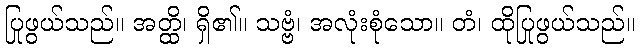
ပြုဖွယ်သည်။ အတ္ထိ၊ ရှိ၏။ သဗ္ဗံ၊ အလုံးစုံသော။ တံ၊ ထိုပြုဖွယ်သည်။